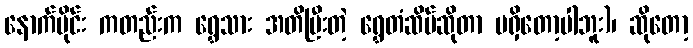
နောက်ပိုင်း ကတည်းက ရွှေသား အတိပြီးတဲ့ ရွှေတံဆိပ်ဆိုတာ မရှိတော့ပါဘူး)၊ ဆိုတော့